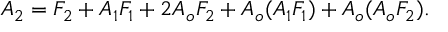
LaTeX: A _ { 2 } = F _ { 2 } + A _ { 1 } F _ { 1 } + 2 A _ { o } F _ { 2 } + A _ { o } ( A _ { 1 } F _ { 1 } ) + A _ { o } ( A _ { o } F _ { 2 } ) .